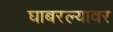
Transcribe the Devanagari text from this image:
घाबरल्यावर